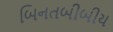
બિનતબીબીય